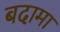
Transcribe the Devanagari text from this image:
बदामा